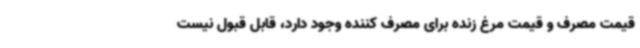
قیمت مصرف و قیمت مرغ زنده برای مصرف کننده وجود دارد، قابل قبول نیست